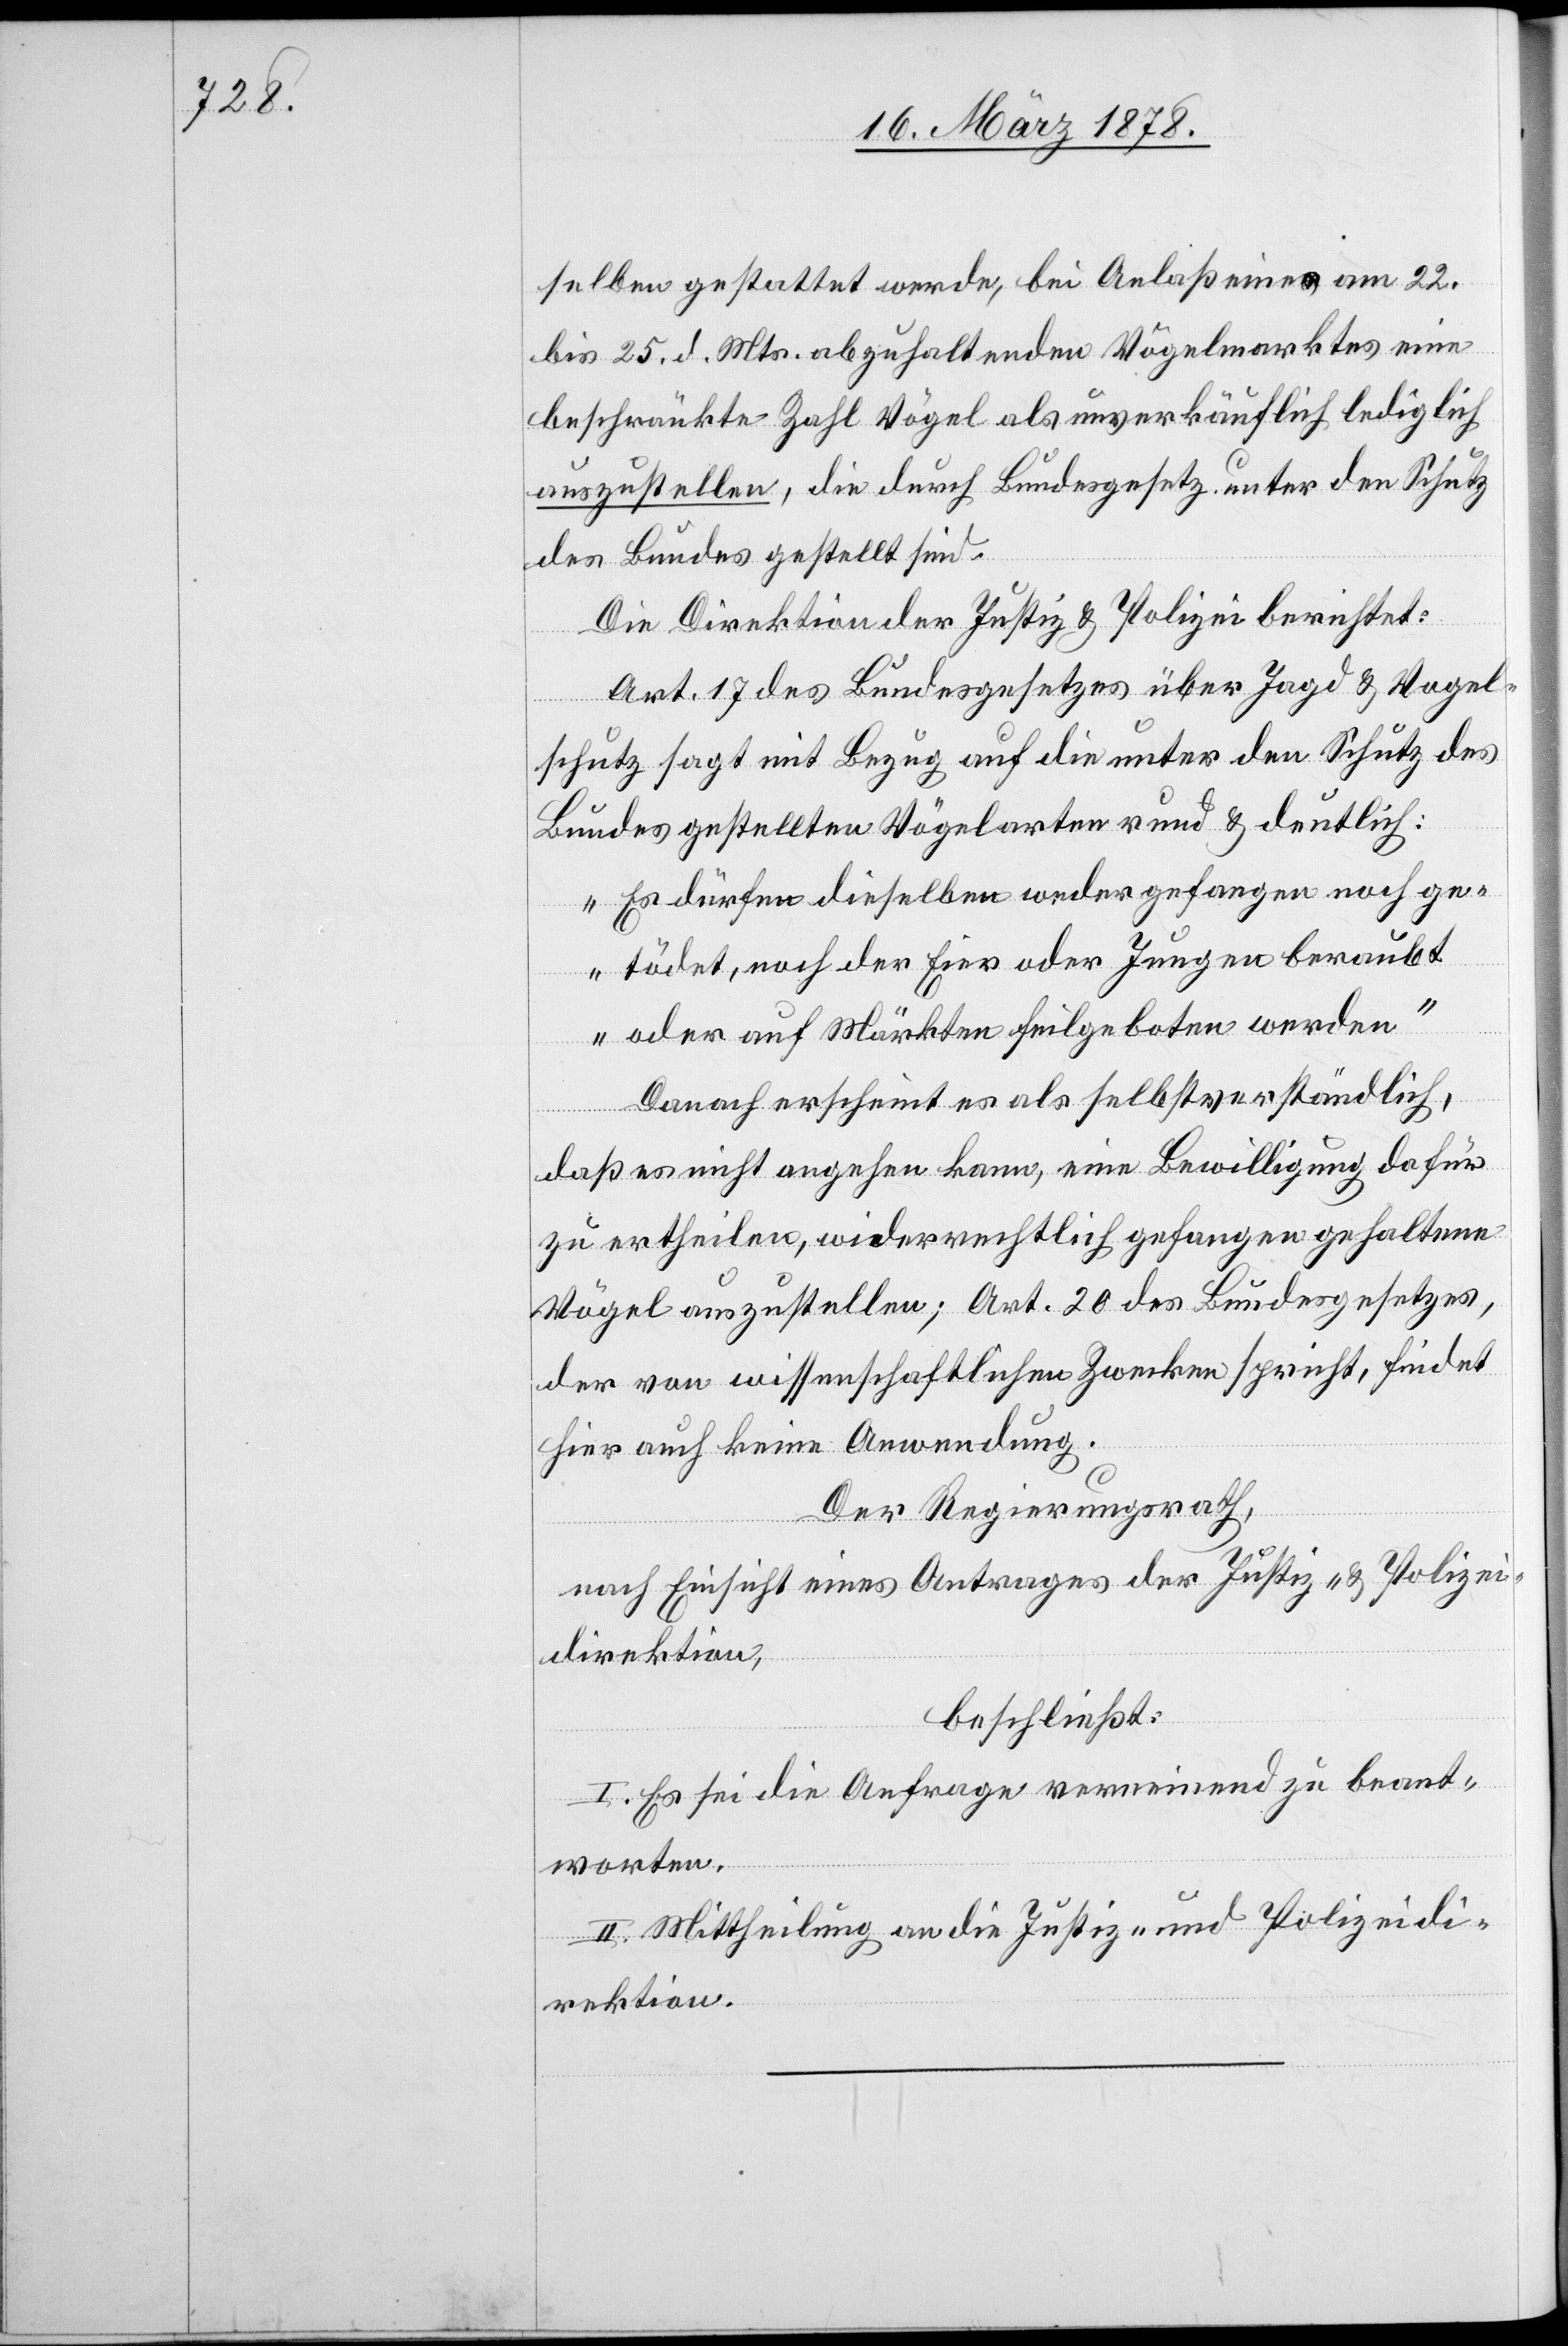
selben gestattet werde, bei Anlaß eines am 22.
bis 25. d. Mts. abzuhaltenden Vögelmarktes eine
beschränkte Zahl Vögel als unverkäuflich lediglich
auszustellen, die durch Bundesgesetz unter den Schutz
des Bundes gestellt sind.
Die Direktion der Justiz & Polizei berichtet:
Art. 17 des Bundesgesetzes über Jagd & Vogel¬
schutz sagt mit Bezug auf die unter den Schutz des
Bundes gestellten Vögelarten rund & deutlich:
„Es dürfen dieselben weder gefangen noch ge¬
tödtet, noch der Eier oder Jungen beraubt
oder auf Märkten feilgeboten werden“
Danach erscheint es als selbstverständlich,
daß es nicht angehen kann, eine Bewilligung dafür
zu ertheilen, widerrechtlich gefangen gehaltene
Vögel auszustellen; Art. 20 des Bundesgesetzes,
der von wissenschaftlichen Zwecken spricht, findet
hier auch keine Anwendung.
Der Regierungsrath,
nach Einsicht eines Antrages der Justiz- & Polizei¬
direktion,
beschließt:
I. Es sei die Anfrage verneinend zu beant¬
worten.
II. Mittheilung an die Justiz- und Polizeidi¬
rektion.